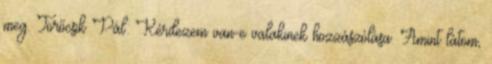
meg. Törőcsik Pál: Kérdezem van-e valakinek hozzászólása. Amint látom,